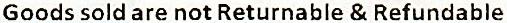
GOODS SOLD ARE NOT RETURNABLE & REFUNDABLE